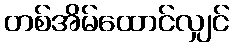
တစ်အိမ်ထောင်လျှင်